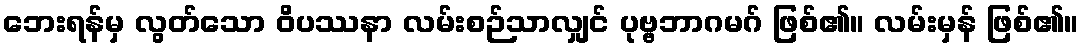
ဘေးရန်မှ လွတ်သော ဝိပဿနာ လမ်းစဉ်သာလျှင် ပုဗ္ဗဘာဂမဂ် ဖြစ်၏။ လမ်းမှန် ဖြစ်၏။